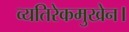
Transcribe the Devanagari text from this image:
व्यतिरेकमुखेन।